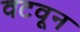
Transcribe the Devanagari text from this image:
वटवून